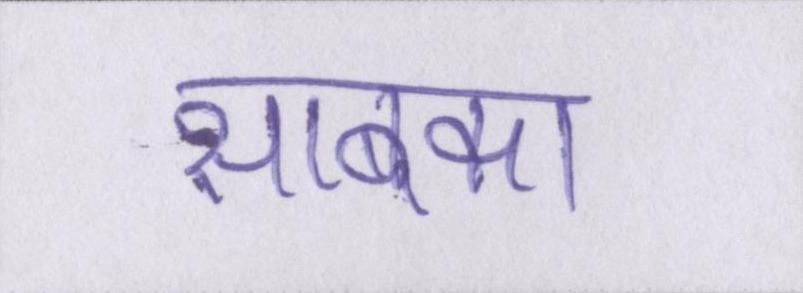
साबका